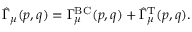
\hat { \Gamma } _ { \mu } ( p , q ) = \Gamma _ { \mu } ^ { \mathrm { B C } } ( p , q ) + \hat { \Gamma } _ { \mu } ^ { \mathrm { T } } ( p , q ) .